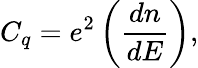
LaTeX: C_{q}=e^{2}\left(\frac{dn}{dE}\right),